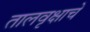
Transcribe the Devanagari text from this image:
तालवृक्षाचे